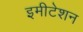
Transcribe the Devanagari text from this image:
इमीटेशन